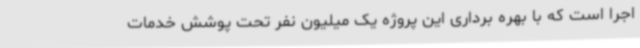
اجرا است که با بهره برداری این پروژه یک میلیون نفر تحت پوشش خدمات